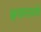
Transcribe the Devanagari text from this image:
क्षयासारखे